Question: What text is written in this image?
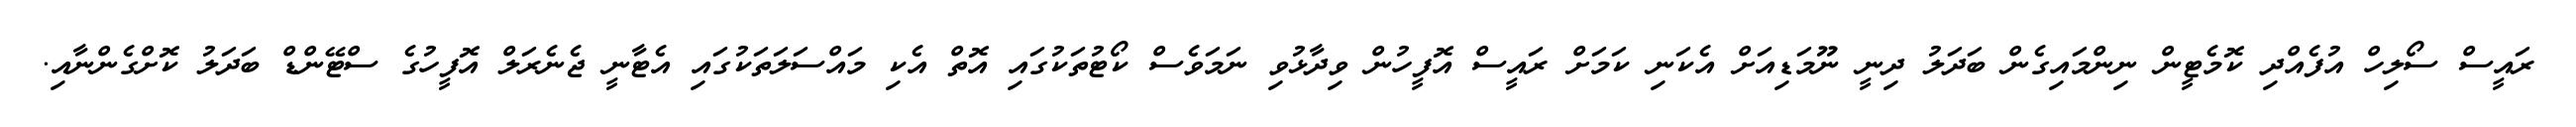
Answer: ރައީސް ސޯލިހް އުފެއްދި ކޮމެޓީން ނިންމައިގެން ބަދަލު ދިނީ ނޫމަޑިއަށް އެކަނި ކަމަށް ރައީސް އޮފީހުން ވިދާޅުވި ނަމަވެސް ކޯޓުތަކުގައި އޮތް އެކި މައްސަލަތަކުގައި އެޓާނީ ޖެނެރަލް އޮފީހުގެ ސްޓޭންޑް ބަދަލު ކޮށްގެންނާއި.